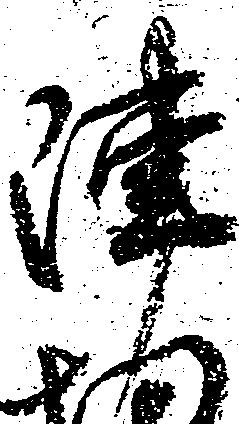
陣